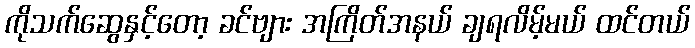
ကိုသက်ဆွေနှင့်တော့ ခင်ဗျား အကြိတ်အနယ် ချရလိမ့်မယ် ထင်တယ်